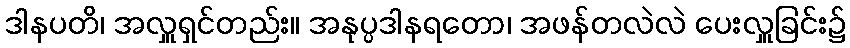
ဒါနပတိ၊ အလှူရှင်တည်း။ အနုပ္ပဒါနရတော၊ အဖန်တလဲလဲ ပေးလှူခြင်း၌